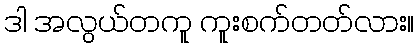
ဒါ အလွယ်တကူ ကူးစက်တတ်လား။